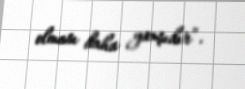
olması daha yaxşıdır”.